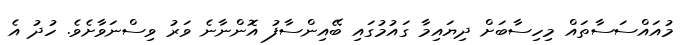
މުއައްސަސާތައް މިހިސާބަށް ދިޔައިމާ ގައުމުގައި ބޭއިންސާފު އޮންނާނެ ވަރު ވިސްނަވާށެވެ. ހުދު އެ